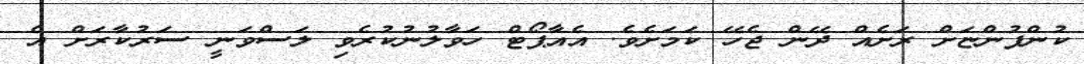
ކުންފުންޏަށް ރަށެއް ދޭން ޖެހޭ ކަމަށެވެ. އެއާޕޯޓް ހަވާލުނުކުރެވި ލަސްވަނީ ސަރުކާރަށް އެ